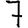
Digit: 7